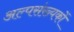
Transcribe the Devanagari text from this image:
अल्पसंख़्यकों